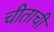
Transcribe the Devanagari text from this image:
चीताची